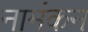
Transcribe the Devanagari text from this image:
नामंकन